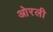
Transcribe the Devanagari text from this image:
ओरली